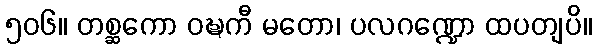
၅၀၆။ တစ္ဆကော ဝဍ္ဎကီ မတော၊ ပလဂဏ္ဍော ထပတျပိ။